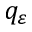
q _ { \varepsilon }